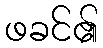
ဖခင်၏